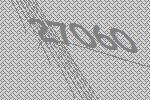
27060